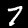
Label: 7